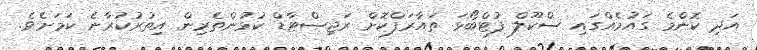
އަދި ކޮންމެ ގައުމެއްގައި ސްކޫލް ފުޓްބޯޅަ ތައާރަފްކޮށް ރަޖިސްޓާޑް ކުޅުންތެރިން އިތުރުކުރާނެ ކަމަށެވެ.